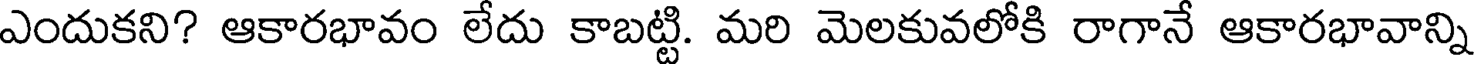
ఎందుకని? ఆకారభావం లేదు కాబట్టి. మరి మెలకువలోకి రాగానే ఆకారభావాన్ని